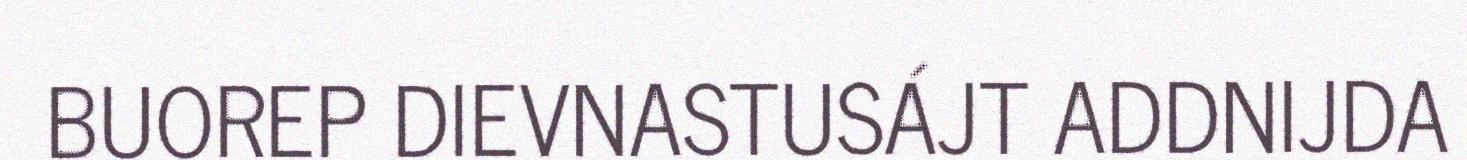
BUOREP DIEVNASTUSÁJT ADDNIJDA